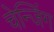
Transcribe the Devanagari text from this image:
चेन्जिंग